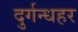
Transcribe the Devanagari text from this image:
दुर्गन्धहर